Rangoon Lunatic Asylum 1878-1892 - 1878-1892
Year: 1878
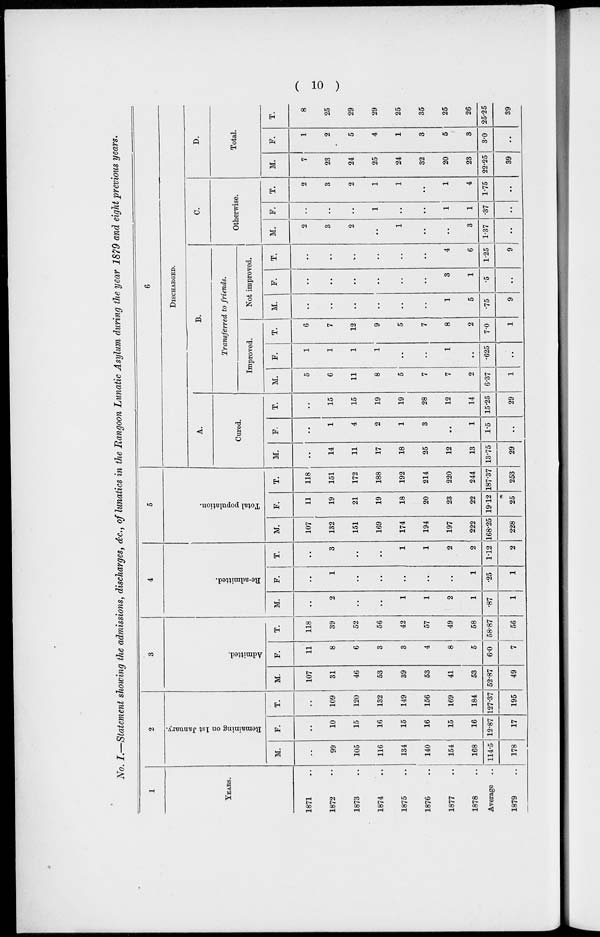
( 10 )
No. I.—Statement showing the admissions, discharges, &c. of lunatics in the Rangoon Lunatic Asylum during the year 1879 and eight previous years.
1
YEARS.
1871 ..
1872 ..
1873 ..
1874 ..
1875 ..
1876 ..
1877 ..
1878 ..
Average ..
1879 ..
2
Remaining on 1st January.
M.
..
99
105
116
134
140
154
168
114.5
178
F.
..
10
15
16
15
16
15
16
12.87
17
T.
..
109
120
132
149
156
169
184
127.37
195
3
Admitted.
M.
107
31
46
53
39
53
41
53
52.87
49
F.
11
8
6
3
3
4
8
5
6.0
7
T.
118
39
52
56
42
57
49
58
58.87
56
4
Re-admitted.
M.
..
2
..
..
1
1
2
1
.87
1
F.
..
1
..
..
..
..
..
1
.25
1
T.
..
3
..
..
1
1
2
2
1.12
2
5
Total population.
M.
107
132
151
169
174
194
197
222
168.25
228
F.
11
19
21
19
18
20
23
22
19.12
25
T.
118
151
172
188
192
214
220
244
187.37
253
6
DISCHARGED.
A.
Cured.
M.
..
14
11
17
18
25
12
13
13.75
29
F.
..
1
4
2
1
3
..
1
1.5
..
T.
..
15
15
19
19
28
12
14
15.25
29
B.
Transferred to friends.
Improved.
M.
5
6
11
8
5
7
7
2
6.37
1
F.
1
1
1
1
..
..
1
..
.625
..
T.
6
7
12
9
5
7
8
2
7.0
1
Not improved.
M.
..
..
..
..
..
..
1
5
.75
9
F.
..
..
..
..
..
..
3
1
.5
..
T.
..
..
..
..
..
..
4
6
1.25
9
C.
Otherwise.
M.
2
3
2
..
1
..
..
3
1.37
..
F.
..
..
..
1
..
..
1
1
.37
..
T.
2
3
2
1
1
..
1
4
1.75
...
D.
Total.
M.
7
23
24
25
24
32
20
23
22.25
39
F.
1
2
5
4
1
3
5
3
3.0
..
T.
8
25
29
29
25
35
25
26
25.25
39